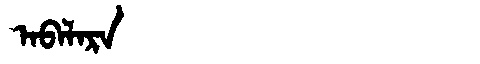
Manchu: ᠠᠪᠠᠯᠠᡵᠠ
Romanization: ABALARA